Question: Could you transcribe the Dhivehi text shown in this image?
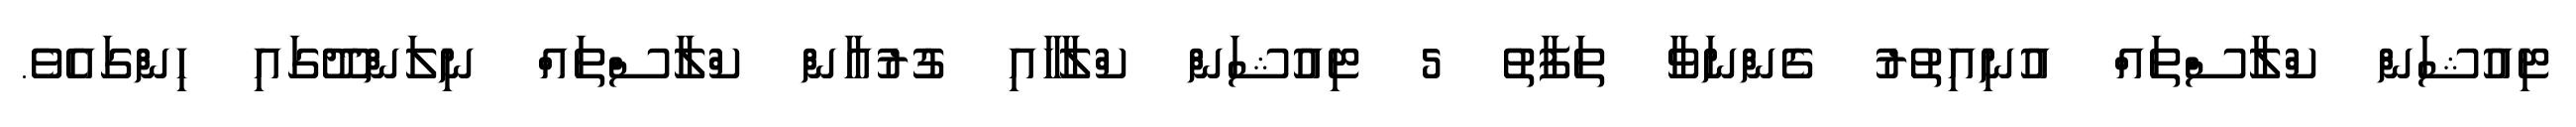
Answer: ޓިއުޝަން ކްލާސްތައް އުނިއިތުރު ގެންނަވާ ތަފާތު 5 ޓިއުޝަން ކްލާހާއި ގުރުއާން ކްލާސްތައް ނިލަންދޫގައި ހިންގައެވެ.